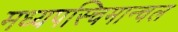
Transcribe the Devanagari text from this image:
मध्यपस्चिमान्चल